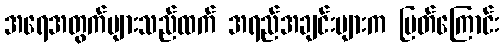
အရေအတွက်များသည်ထက် အရည်အချင်းများက မြတ်ကြောင်း